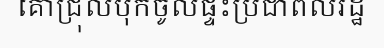
គោជ្រុលបុកចូលផ្ទះប្រជាពលរដ្ឋ